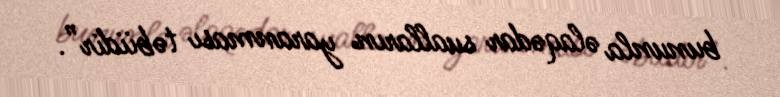
bununla əlaqədar sualların yaranması təbiidir”.